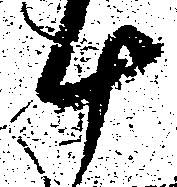
十